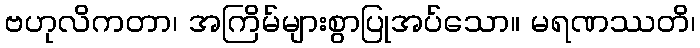
ဗဟုလိကတာ၊ အကြိမ်များစွာပြုအပ်သော။ မရဏဿတိ၊